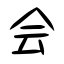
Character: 会